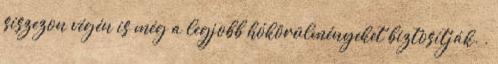
síszezon végén is még a legjobb hókörülményeket biztosítják. .